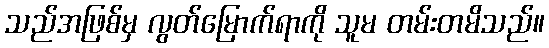
သည်အဖြစ်မှ လွတ်မြောက်ရာကို သူမ တမ်းတမိသည်။